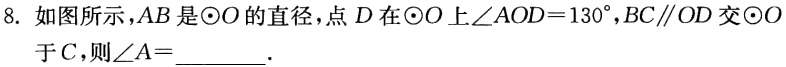
8. 如图所示，$AB$是$\odot O$的直径，点$D$在$\odot O$上$\angle AOD = 130^{\circ}$，$BC\parallel OD$交$\odot O$于$C$，则$\angle A=$ .